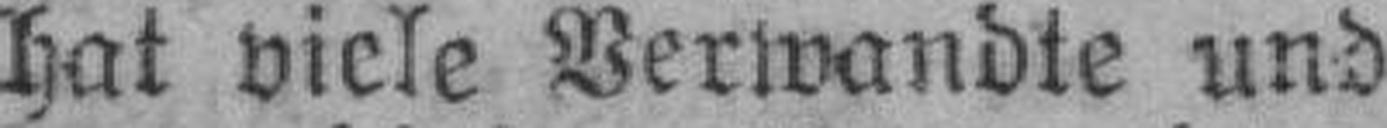
hat viele Verwandte und